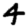
Digit: 4